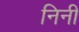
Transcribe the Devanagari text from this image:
निनी